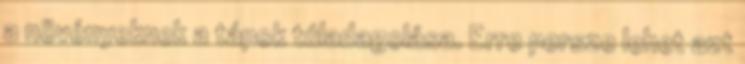
a növényeknek a tápok túladagolása. Erre persze lehet azt